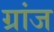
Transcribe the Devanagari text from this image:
ग्रांज